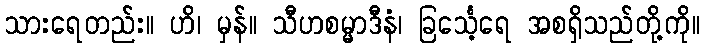
သားရေတည်း။ ဟိ၊ မှန်။ သီဟစမ္မာဒီနံ၊ ခြင်္သေ့ရေ အစရှိသည်တို့ကို။